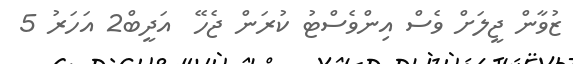
ޒުވާން ޖީލަށް ވެސް އިންވެސްޓު ކުރަން ޖެހޭ  އަދީބް2 އަހަރު 5